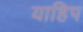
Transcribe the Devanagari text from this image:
याहिप